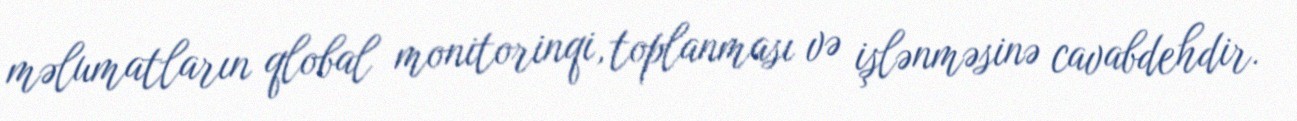
məlumatların qlobal monitorinqi, toplanması və işlənməsinə cavabdehdir.